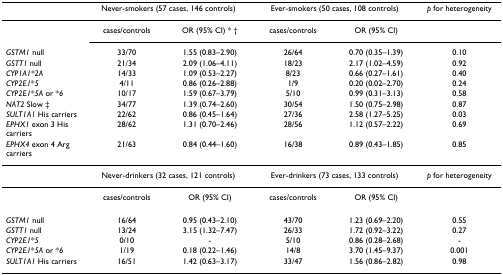
<table><thead><tr><td></td><td colspan="2"><b>Never-smokers (57 cases, 146 controls)</b></td><td colspan="2"><b>Ever-smokers (50 cases, 108 controls)</b></td><td><b><i>p </i>for heterogeneity</b></td></tr></thead><tbody><tr><td></td><td>cases/controls</td><td>OR (95% CI) * †</td><td>cases/controls</td><td>OR (95% CI)</td><td></td></tr><tr><td><i>GSTM1 </i>null</td><td>33/70</td><td>1.55 (0.83–2.90)</td><td>26/64</td><td>0.70 (0.35–1.39)</td><td>0.10</td></tr><tr><td><i>GSTT1 </i>null</td><td>21/34</td><td>2.09 (1.06–4.11)</td><td>18/23</td><td>2.17 (1.02–4.59)</td><td>0.92</td></tr><tr><td><i>CYP1A1</i>*<i>2A</i></td><td>14/33</td><td>1.09 (0.53–2.27)</td><td>8/23</td><td>0.66 (0.27–1.61)</td><td>0.40</td></tr><tr><td><i>CYP2E1</i>*<i>5</i></td><td>4/11</td><td>0.86 (0.26–2.88)</td><td>1/9</td><td>0.20 (0.02–2.70)</td><td>0.24</td></tr><tr><td><i>CYP2E1</i>*<i>5A </i>or *<i>6</i></td><td>10/17</td><td>1.59 (0.67–3.79)</td><td>5/10</td><td>0.99 (0.31–3.13)</td><td>0.58</td></tr><tr><td><i>NAT2 </i>Slow ‡</td><td>34/77</td><td>1.39 (0.74–2.60)</td><td>30/54</td><td>1.50 (0.75–2.98)</td><td>0.87</td></tr><tr><td><i>SULT1A1 </i>His carriers</td><td>22/62</td><td>0.86 (0.45–1.64)</td><td>27/36</td><td>2.58 (1.27–5.25)</td><td>0.03</td></tr><tr><td><i>EPHX1 </i>exon 3 His carriers</td><td>28/62</td><td>1.31 (0.70–2.46)</td><td>28/56</td><td>1.12 (0.57–2.22)</td><td>0.69</td></tr><tr><td><i>EPHX4 </i>exon 4 Arg carriers</td><td>21/63</td><td>0.84 (0.44–1.60)</td><td>16/38</td><td>0.89 (0.43–1.85)</td><td>0.85</td></tr><tr><td></td><td colspan="2">Never-drinkers (32 cases, 121 controls)</td><td colspan="2">Ever-drinkers (73 cases, 133 controls)</td><td><i>p </i>for heterogeneity</td></tr><tr><td></td><td>cases/controls</td><td>OR (95% CI)</td><td>cases/controls</td><td>OR (95% CI)</td><td></td></tr><tr><td><i>GSTM1 </i>null</td><td>16/64</td><td>0.95 (0.43–2.10)</td><td>43/70</td><td>1.23 (0.69–2.20)</td><td>0.55</td></tr><tr><td><i>GSTT1 </i>null</td><td>13/24</td><td>3.15 (1.32–7.47)</td><td>26/33</td><td>1.72 (0.92–3.22)</td><td>0.27</td></tr><tr><td><i>CYP2E1</i>*<i>5</i></td><td>0/10</td><td>-</td><td>5/10</td><td>0.86 (0.28–2.68)</td><td>-</td></tr><tr><td><i>CYP2E1</i>*<i>5A </i>or *<i>6</i></td><td>1/19</td><td>0.18 (0.22–1.46)</td><td>14/8</td><td>3.70 (1.45–9.37)</td><td>0.001</td></tr><tr><td><i>SULT1A1 </i>His carriers</td><td>16/51</td><td>1.42 (0.63–3.17)</td><td>33/47</td><td>1.56 (0.86–2.82)</td><td>0.98</td></tr></tbody></table>